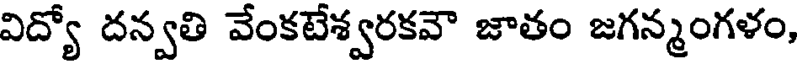
విద్యో దన్వతి వేంకటేశ్వరకవౌ జాతం జగన్మంగళం,